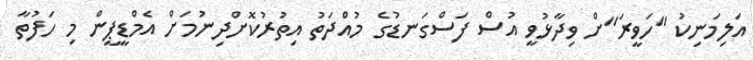
އަލިމަނިކު "ހަވީރަ"ށް ވިދާޅުވީ އުސް ފަސްގަނޑުގެ މުއްދަތު އިތުރުކޮށްދިނުމަށް އެމްޑީޕީން މި ހަފުތާ